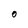
Character: 0